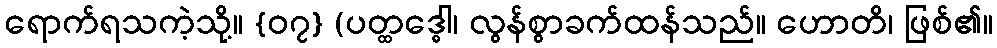
ရောက်ရသကဲ့သို့။ {၀၇} (ပတ္ထဒ္ဓေါ၊ လွန်စွာခက်ထန်သည်။ ဟောတိ၊ ဖြစ်၏။